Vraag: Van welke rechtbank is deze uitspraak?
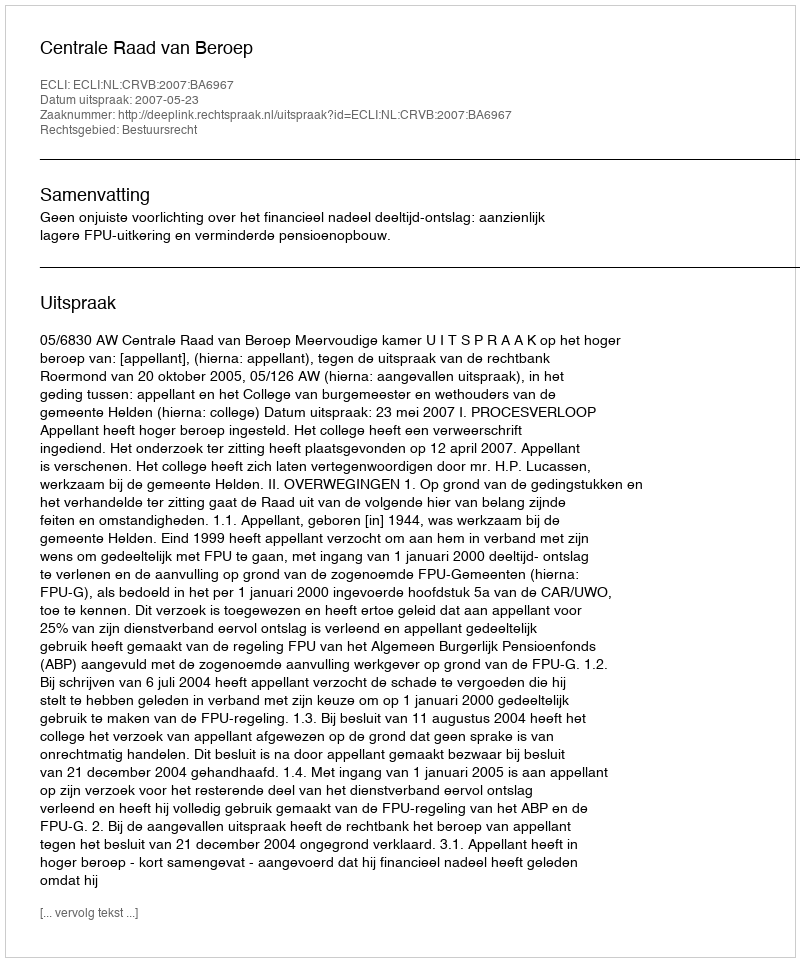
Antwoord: Centrale Raad van Beroep